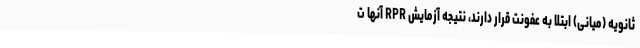
ثانویه (میانی) ابتلا به عفونت قرار دارند، نتیجه آزمایش RPR آنها ت